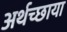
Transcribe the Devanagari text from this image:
अर्थच्छाया